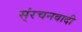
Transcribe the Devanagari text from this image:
स्ंरचनवादी